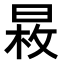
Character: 𣈕